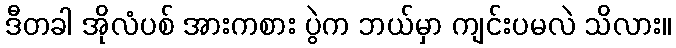
ဒီတခါ အိုလံပစ် အားကစား ပွဲက ဘယ်မှာ ကျင်းပမလဲ သိလား။